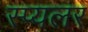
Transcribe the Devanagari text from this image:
स्प्यलर